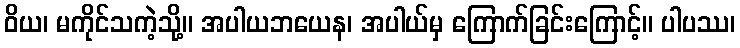
ဝိယ၊ မကိုင်သကဲ့သို့။ အပါယဘယေန၊ အပါယ်မှ ကြောက်ခြင်းကြောင့်။ ပါပဿ၊